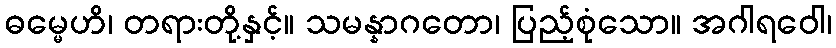
ဓမ္မေဟိ၊ တရားတို့နှင့်။ သမန္နာဂတော၊ ပြည့်စုံသော။ အဂါရဝေါ၊